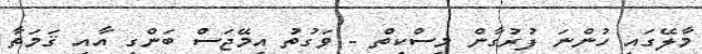
މާލޭގައި ހުންނަ ފުރުގާން މިސްކިތް - ވަގުތު އިމޭޖަސް ބަންގި އާއި ޤަމަތާ